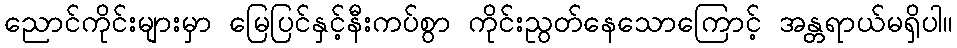
ညောင်ကိုင်းများမှာ မြေပြင်နှင့်နီးကပ်စွာ ကိုင်းညွတ်နေသောကြောင့် အန္တရာယ်မရှိပါ။